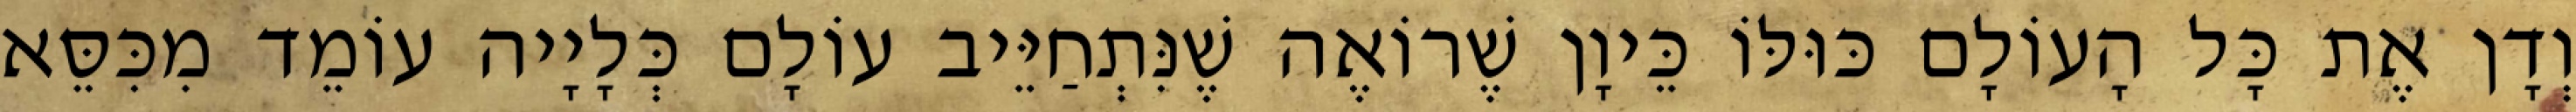
וְדָן אֶת כָּל הָעוֹלָם כּוּלּוֹ כֵּיוָן שֶׁרוֹאֶה שֶׁנִּתְחַיֵּיב עוֹלָם כְּלָיָיה עוֹמֵד מִכִּסֵּא